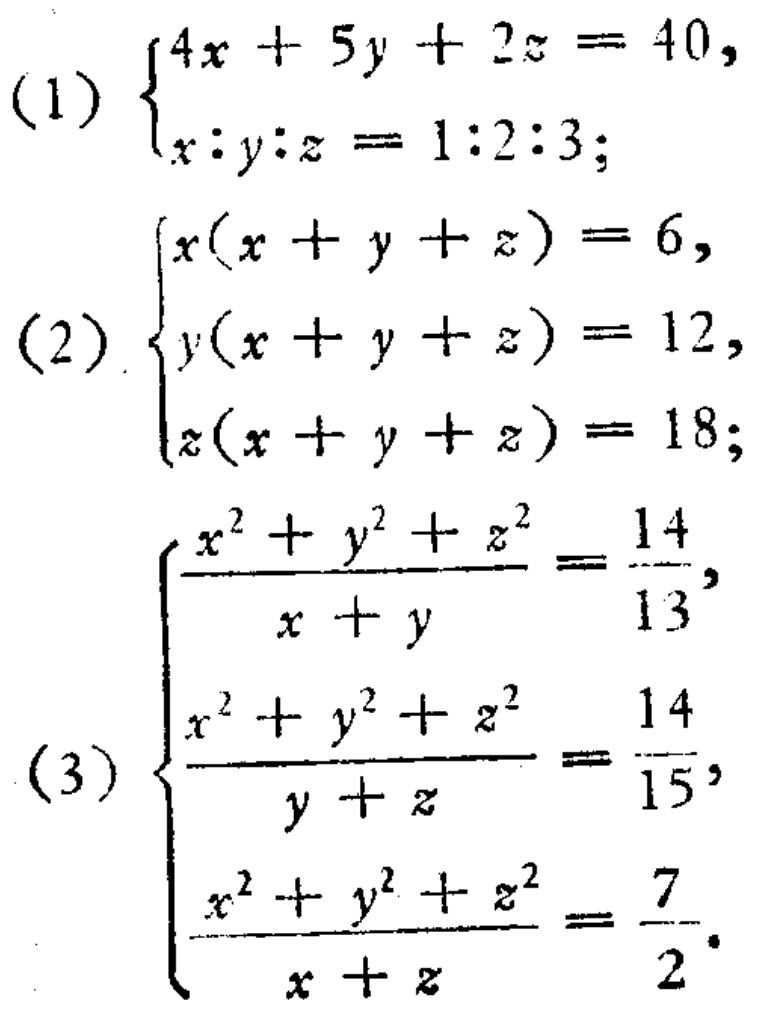
(1) \(\begin{cases}4x + 5y + 2z = 40,\\x:y:z = 1:2:3;\end{cases}\)
(2) \(\begin{cases}x(x + y + z) = 6,\\y(x + y + z) = 12,\\z(x + y + z) = 18;\end{cases}\)
(3) \(\begin{cases}\frac{x^{2}+y^{2}+z^{2}}{x + y}=\frac{14}{13},\\\frac{x^{2}+y^{2}+z^{2}}{y + z}=\frac{14}{15},\\\frac{x^{2}+y^{2}+z^{2}}{x + z}=\frac{7}{2}.\end{cases}\)